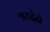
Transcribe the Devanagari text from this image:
श्रध्देने